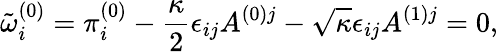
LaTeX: \tilde{\omega}_{i}^{(0)}=\pi_{i}^{(0)}-\frac{\kappa}{2}\epsilon_{ij}A^{(0)j}-\sqrt{\kappa}\epsilon_{ij}A^{(1)j}=0,